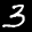
Label: 3